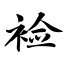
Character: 裣